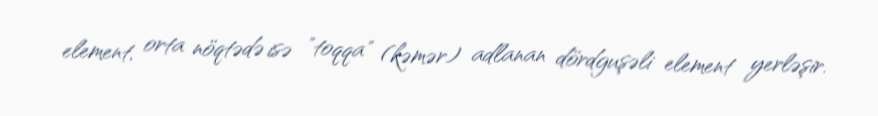
element, orta nöqtədə isə "toqqa" (kəmər) adlanan dördguşəli element yerləşir.